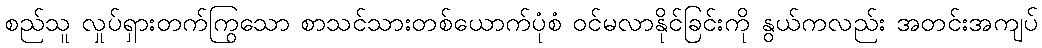
စည်သူ လှုပ်ရှားတက်ကြွသော စာသင်သားတစ်ယောက်ပုံစံ ဝင်မလာနိုင်ခြင်းကို နွယ်ကလည်း အတင်းအကျပ်